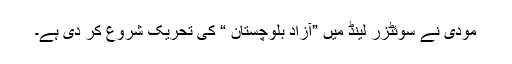
مودی نے سوئٹزر لینڈ میں ”آزاد بلوچستان “ کی تحریک شروع کر دی ہے۔